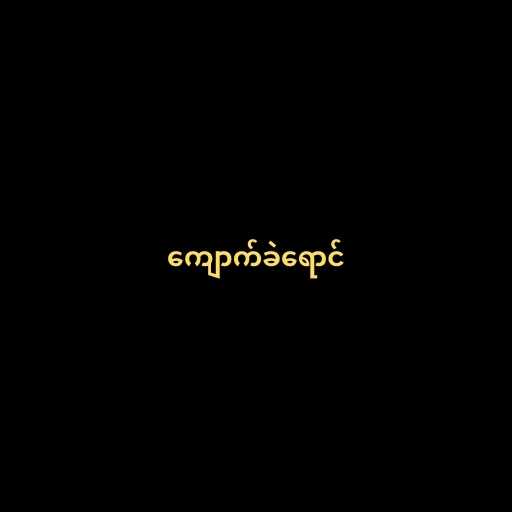
ကျောက်ခဲရောင်